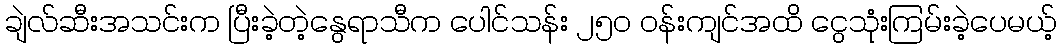
ချဲလ်ဆီးအသင်းက ပြီးခဲ့တဲ့နွေရာသီက ပေါင်သန်း ၂၅၀ ဝန်းကျင်အထိ ငွေသုံးကြမ်းခဲ့ပေမယ့်